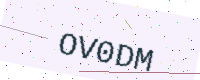
Text: OV0DM